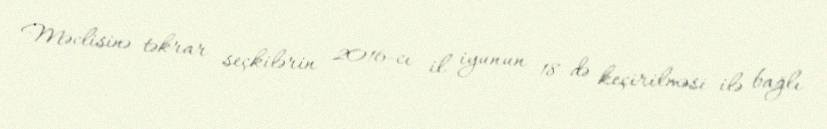
Məclisinə təkrar seçkilərin 2016-cı il iyunun 18-də keçirilməsi ilə bağlı